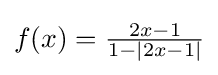
f(x)={\tfrac {2x-1}{1-\vert {2x-1}\vert }}